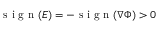
\mathrm { ~ s ~ i ~ g ~ n ~ } ( \boldsymbol { E } ) = - \mathrm { ~ s ~ i ~ g ~ n ~ } ( \nabla \Phi ) > 0